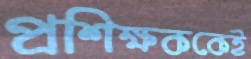
প্রশিক্ষককেই